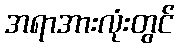
အရာအားလုံးတွင်